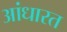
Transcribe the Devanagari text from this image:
आंधारत